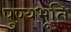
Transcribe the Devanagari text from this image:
पुण्यभूति